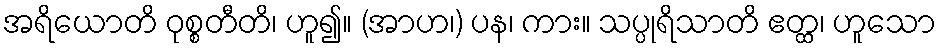
အရိယောတိ ဝုစ္စတီတိ၊ ဟူ၍။ (အာဟ၊) ပန၊ ကား။ သပ္ပုရိသာတိ ဧတ္ထ၊ ဟူသော